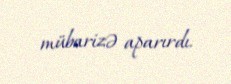
mübarizə aparırdı.